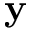
\mathbf { y }